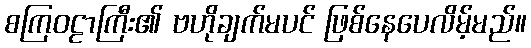
စကြဝဠာကြီး၏ ဗဟိုချက်မပင် ဖြစ်နေပေလိမ့်မည်။